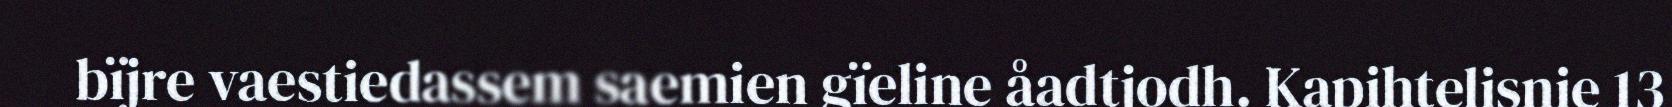
bïjre vaestiedassem saemien gïeline åadtjodh. Kapihtelisnie 13